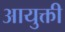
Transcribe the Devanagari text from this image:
आयुक्ती